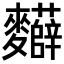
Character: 𮮂